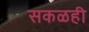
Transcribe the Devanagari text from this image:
सकळही